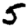
Digit: 5